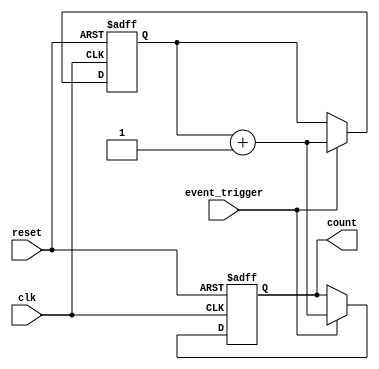
module event_triggered_counter #(
    parameter COUNTER_WIDTH = 8 // Define the width of the counter
)(
    input wire clk,               // Clock input
    input wire reset,             // Asynchronous reset input
    input wire event_trigger,      // Event trigger input
    output reg [COUNTER_WIDTH-1:0] count // Output count value
);
    
    // Memory block to store the count value
    reg [COUNTER_WIDTH-1:0] memory_block;

    // Synchronous process for counting logic
    always @(posedge clk or posedge reset) begin
        if (reset) begin
            // Reset the count to zero
            memory_block <= 0;
            count <= 0;
        end else if (event_trigger) begin
            // Increment the count on event trigger
            memory_block <= memory_block + 1;
            count <= memory_block + 1; // Update output count
        end
    end

endmodule